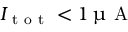
I _ { \mathrm { ~ t ~ o ~ t ~ } } < 1 \, \upmu \mathrm { ~ A ~ }